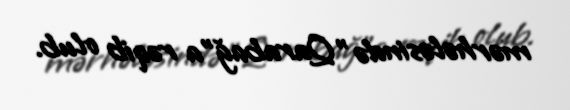
mərhələsində "Qarabağ"a rəqib olub.